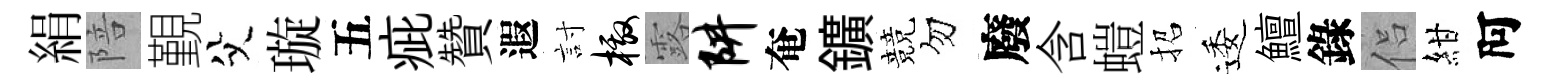
絹陪覲父璇五疵贊遐討檄露阱奄鑛競勿廢含螘招逶鱣錄侣紺阿